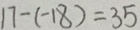
1 7 - ( - 1 8 ) = 3 5